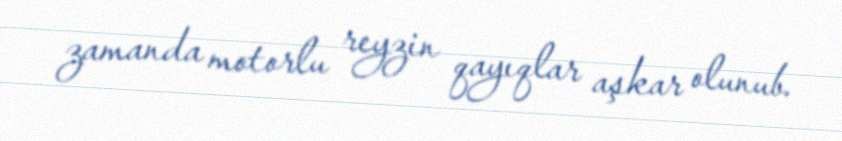
zamanda motorlu reyzin qayıqlar aşkar olunub.